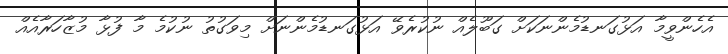
އެހެންވީމާ އަޅުގަނޑުމެންނަކަށް ގަބޫލެއް ނުކުރެވޭ އަޅުގަނޑުމެންނަށް މިވަގުތު ނުކުމެ މާ ފުޅާ މުޒާހަރާއެއް